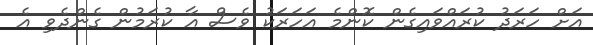
އަށް ހަރަދު ކުރައްވައިގެން ކޮންމެ އަހަރަކު ވެސް އާ ކުރަމުން ގެންދެވި އެ